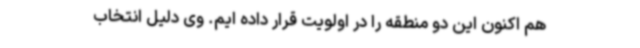
هم اکنون این دو منطقه را در اولویت قرار داده ایم. وی دلیل انتخاب